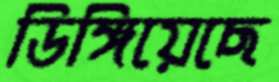
ডিঙ্গিয়েছে